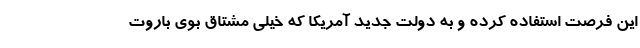
این فرصت استفاده کرده و به دولت جدید آمریکا که خیلی مشتاق بوی باروت